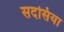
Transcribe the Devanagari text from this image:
सदसिया